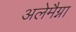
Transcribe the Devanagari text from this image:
अलेमैग्ना